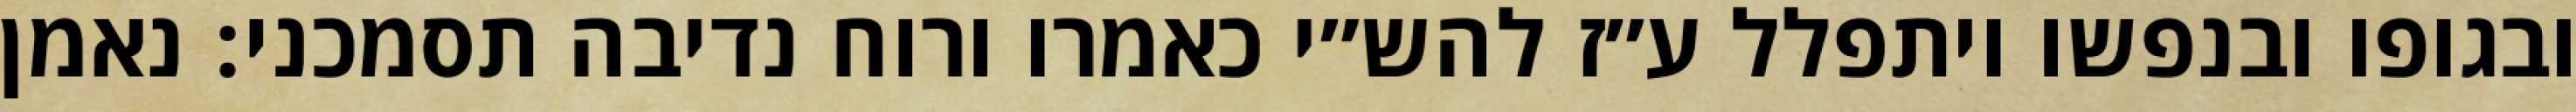
ובגופו ובנפשו ויתפלל ע״ז להש״י כאמרו ורוח נדיבה תסמכני: נאמן